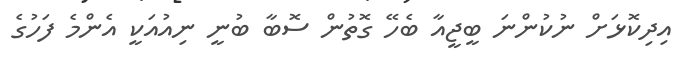
އިދިކޮޅަށް ނުކުންނަ ބީޖީއާ ބެހޭ ގޮތުން ސޮބާ ބުނީ ނިއުއަކީ އެންމެ ފަހުގެ